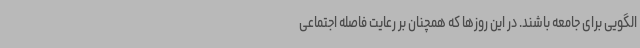
الگویی برای جامعه باشند. در این روزها که همچنان بر رعایت فاصله اجتماعی